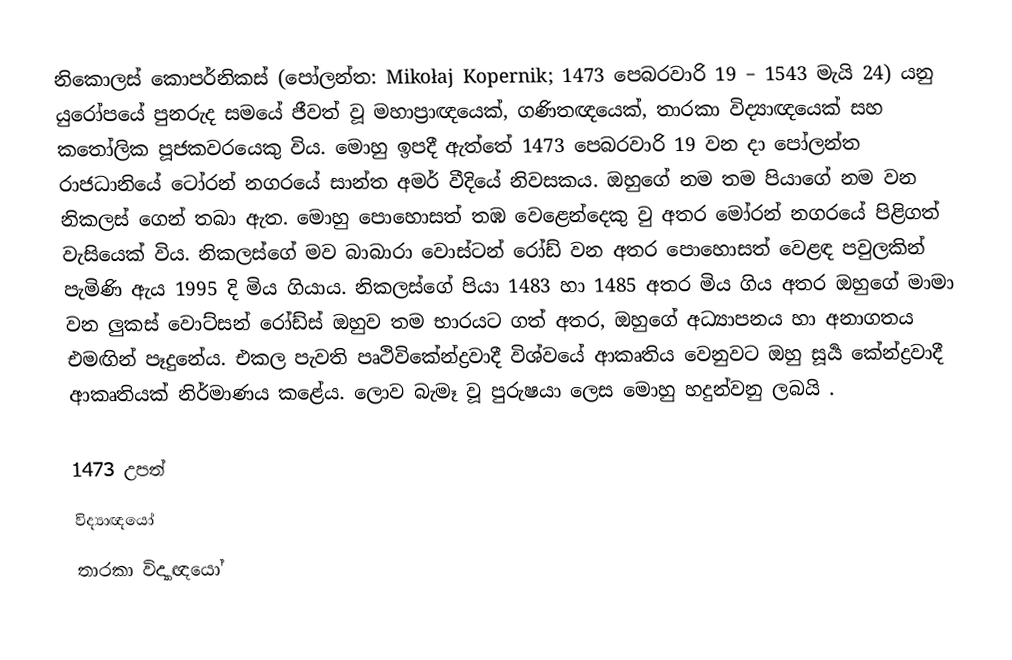
නිකොලස් කොපර්නිකස් (පෝලන්ත: Mikołaj Kopernik; 1473 පෙබරවාරි 19 – 1543 මැයි 24) යනු යුරෝපයේ පුනරුද සමයේ ජීවත් වූ මහාප්‍රාඥයෙක්, ගණිතඥයෙක්, තාරකා විද්‍යාඥයෙක් සහ කතෝලික පූජකවරයෙකු විය. මොහු ඉපදී ඇත්තේ 1473 පෙබරවාරි 19 වන දා පෝලන්ත රාජධානියේ ටෝරන් නගරයේ සාන්ත අමර් වීදියේ නිවසකය. ඔහුගේ නම තම පියාගේ නම වන නිකලස් ගෙන් තබා ඇත. මොහු පොහොසත් තඹ වෙළෙන්දෙකු වු අතර මෝරන් නගරයේ පිළිගත් වැසියෙක් විය. නිකලස්ගේ මව බාබාරා වොස්ටන් රෝඩ් වන අතර පොහොසත් වෙළඳ පවුලකින් පැමිණි ඇය 1995 දි මිය ගියාය. නිකලස්ගේ පියා 1483 හා 1485 අතර මිය ගිය අතර ඔහුගේ මාමා වන ලුකස් වොට්සන් රෝඩ්ස් ඔහුව තම භාරයට ගත් අතර, ඔහුගේ අධ්‍යාපනය හා අනාගතය එමඟින් පෑදුනේය. එකල පැවති පෘථිවිකේන්ද්‍රවාදී විශ්වයේ ආකෘතිය වෙනුවට ඔහු සූර්‍ය කේන්ද්‍රවාදී ආකෘතියක් නිර්මාණය කළේය. ලොව බැමෑ වූ පුරුෂයා ලෙස මොහු හදුන්වනු ලබයි .

1473 උපත්
විද්‍යාඥයෝ
තාරකා විද්‍යාඥයෝ